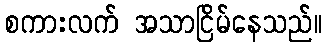
စကားလက် အသာငြိမ်နေသည်။